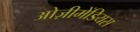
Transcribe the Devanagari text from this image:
ओज़ीमेंडियस